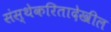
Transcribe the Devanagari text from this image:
संस्थेकरितादेखील